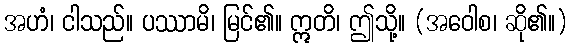
အဟံ၊ ငါသည်။ ပဿာမိ၊ မြင်၏။ ဣတိ၊ ဤသို့။ (အဝေါစ၊ ဆို၏။)